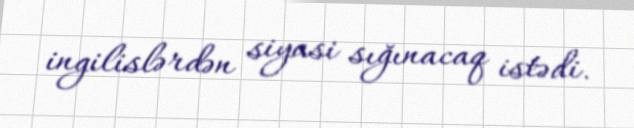
ingilislərdən siyasi sığınacaq istədi.